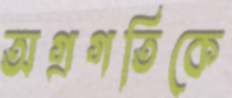
অগ্রগতিকে